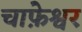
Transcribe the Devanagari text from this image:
चाफ़ेश्वर